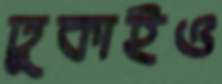
ঢুকাইও